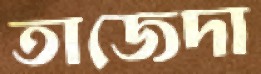
তাজেদা